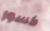
كسور